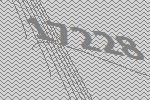
17228